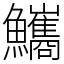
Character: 𩽨